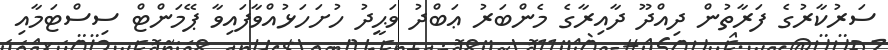
ސަރުކާރުގެ ފަރާތުން ދިއްދޫ ދާއިރާގެ މެންބަރު ޢަބްދު ވަޙީދު ހުށަހަޅުއްވާފައިވާ ޕޭމަންޓް ސިސްޓަމާއި